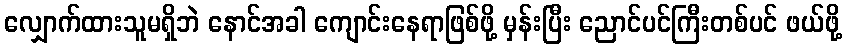
လျှောက်ထားသူမရှိဘဲ နောင်အခါ ကျောင်းနေရာဖြစ်ဖို့ မှန်းပြီး ညောင်ပင်ကြီးတစ်ပင် ဖယ်ဖို့